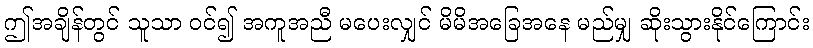
ဤအချိန်တွင် သူသာ ဝင်၍ အကူအညီ မပေးလျှင် မိမိအခြေအနေ မည်မျှ ဆိုးသွားနိုင်ကြောင်း